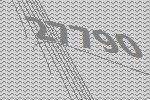
27790